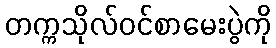
တက္ကသိုလ်ဝင်စာမေးပွဲကို